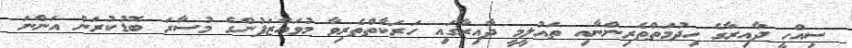
ސިއްހީ ދާއިރާގެ ހިދުމަތްތެރިންނާއި ތައުލީމީ ދާއިރާގައި ހަރަކާތްތެރިވާ މުވައްޒަފުންގެ މުސާރަ ބޮޑުކުރަން އަންނަ